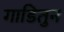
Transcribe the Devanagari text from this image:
गाडितुन